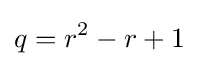
q=r^{2}-r+1